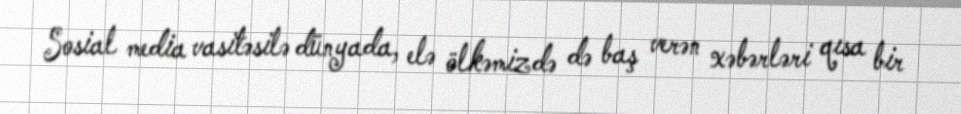
Sosial media vasitəsilə dünyada, elə ölkəmizdə də baş verən xəbərləri qısa bir